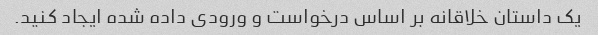
یک داستان خلاقانه بر اساس درخواست و ورودی داده شده ایجاد کنید.